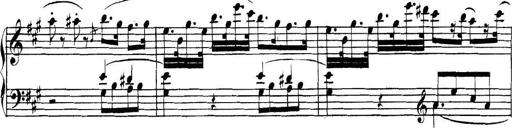
Title: Collected Piano Sonatas
Composer: Muzio Clementi